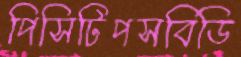
পিসিটিপসবিডি